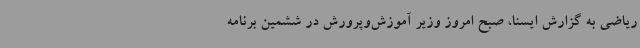
ریاضی به گزارش ایسنا، صبح امروز وزیر آموزش‌وپرورش در ششمین برنامه